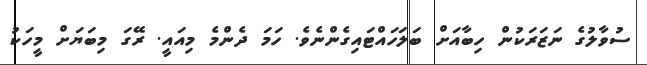
ސުވާލުގެ ނަޒަރަކުން ހިބާއަށް ބަލަހައްޓައިގެންނެވެ. ހަމަ ދެންމެ މިއައީ. ރޭގަ މިބަޔަށް މީހަކު